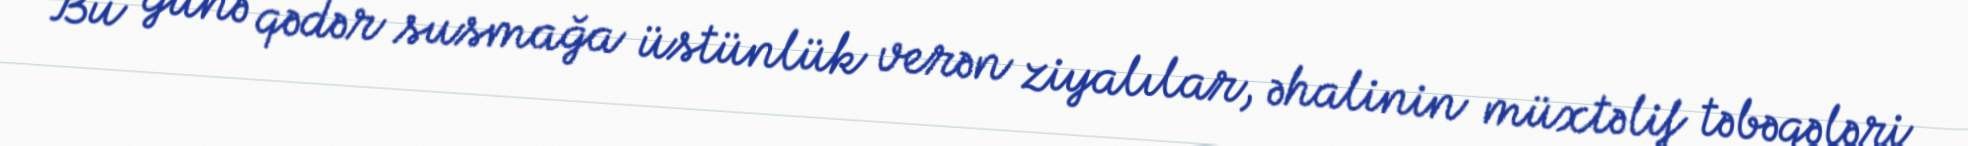
Bu günə qədər susmağa üstünlük verən ziyalılar, əhalinin müxtəlif təbəqələri